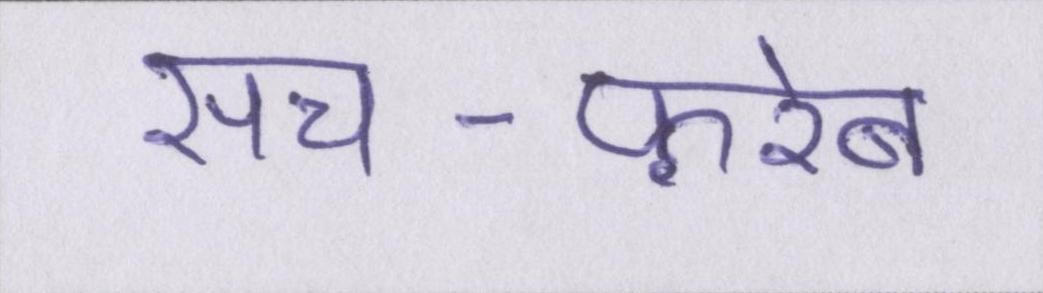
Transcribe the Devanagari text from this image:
सच-फ़रेब